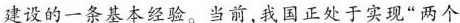
建设的一条基本经验。当前，我国正处于实现“两个